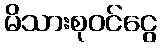
မိသားစုဝင်ငွေ